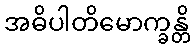
အဓိပါတိမောက္ခန္တိ